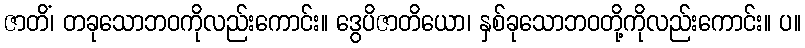
ဇာတိံ၊ တခုသောဘဝကိုလည်းကောင်း။ ဒွေပိဇာတိယော၊ နှစ်ခုသောဘဝတို့ကိုလည်းကောင်း။ ပ။